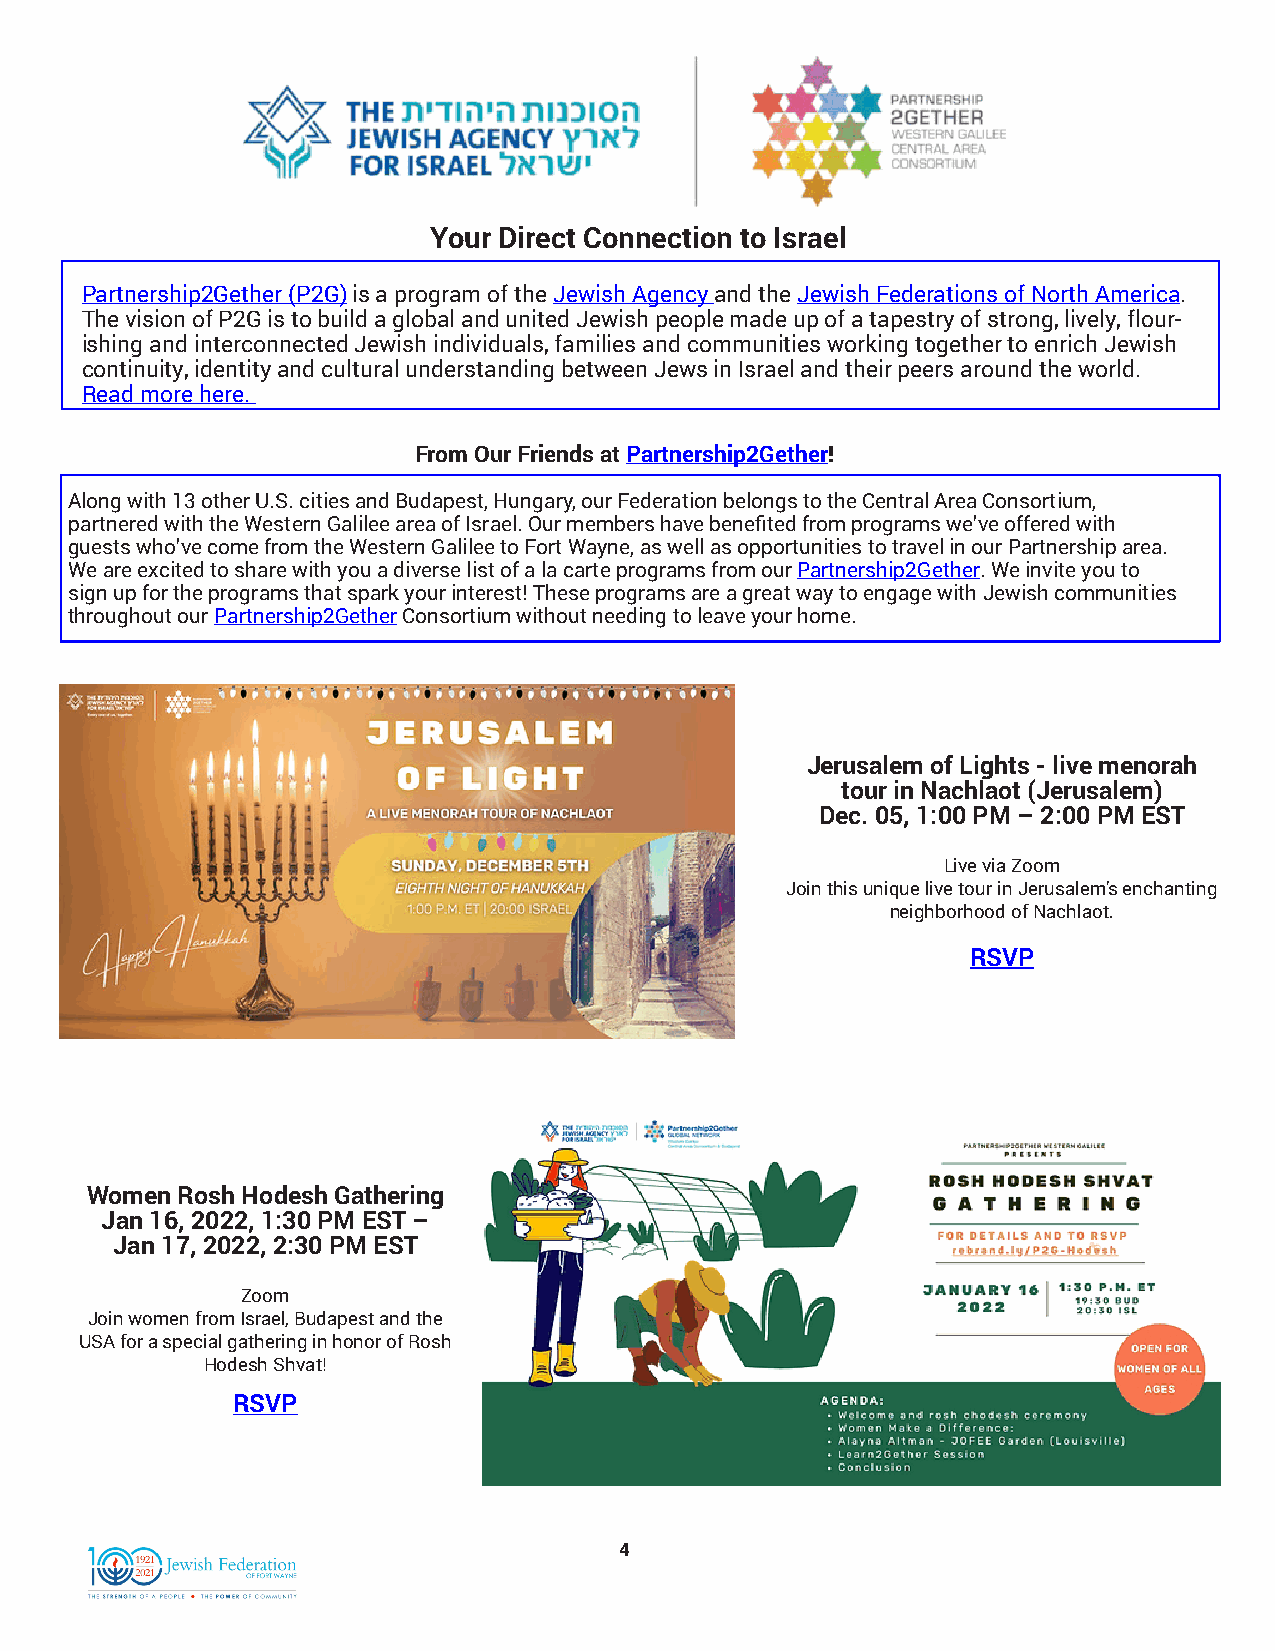
Your Direct Connection to Israel
 Partnership2Gether (P2G) is a program of the Jewish Agency and the Jewish Federations of North America.
 The vision of P2G is to build a global and united Jewish people made up of a tapestry of strong, lively, flour-
 ishing and interconnected Jewish individuals, families and communities working together to enrich Jewish
 continuity, identity and cultural understanding between Jews in Israel and their peers around the world.
 Read more here.
 From Our Friends at Partnership2Gether!
 Along with 13 other U.S. cities and Budapest, Hungary, our Federation belongs to the Central Area Consortium,
 partnered with the Western Galilee area of Israel. Our members have benefited from programs we’ve offered with
 guests who’ve come from the Western Galilee to Fort Wayne, as well as opportunities to travel in our Partnership area.
 We are excited to share with you a diverse list of a la carte programs from our Partnership2Gether. We invite you to
 sign up for the programs that spark your interest! These programs are a great way to engage with Jewish communities
 throughout our Partnership2Gether Consortium without needing to leave your home.
 Jerusalem of Lights - live menorah
 tour in Nachlaot (Jerusalem)
 Dec. 05, 1:00 PM – 2:00 PM EST
 Live via Zoom
 Join this unique live tour in Jerusalem's enchanting
 neighborhood of Nachlaot.
 RSVP
 Women Rosh Hodesh Gathering
 Jan 16, 2022, 1:30 PM EST –
 Jan 17, 2022, 2:30 PM EST
 Zoom
 Join women from Israel, Budapest and the
 USA for a special gathering in honor of Rosh
 Hodesh Shvat!
 RSVP
 4